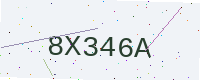
Text: 8X346A